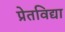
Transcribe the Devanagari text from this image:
प्रेतविद्या